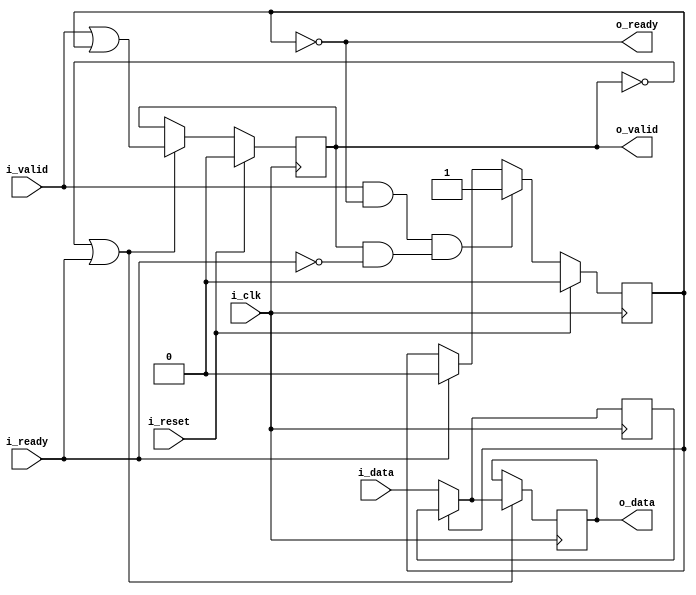
////////////////////////////////////////////////////////////////////////////////
//
// {{{
// Project:	WB2AXIPSP: bus bridges and other odds and ends
//
// Purpose:	A basic SKID buffer.
//
//	Skid buffers are required for high throughput AXI code, since the AXI
//	specification requires that all outputs be registered.  This means
//	that, if there are any stall conditions calculated, it will take a clock
//	cycle before the stall can be propagated up stream.  This means that
//	the data will need to be buffered for a cycle until the stall signal
//	can make it to the output.
//
//	Handling that buffer is the purpose of this core.
//
//	On one end of this core, you have the i_valid and i_data inputs to
//	connect to your bus interface.  There's also a registered o_ready
//	signal to signal stalls for the bus interface.
//
//	The other end of the core has the same basic interface, but it isn't
//	registered.  This allows you to interact with the bus interfaces
//	as though they were combinatorial logic, by interacting with this half
//	of the core.
//
//	If at any time the incoming !stall signal, i_ready, signals a stall,
//	the incoming data is placed into a buffer.  Internally, that buffer
//	is held in r_data with the r_valid flag used to indicate that valid
//	data is within it.
//
// Parameters:
//	DW or data width
//		In order to make this core generic, the width of the data in the
//		skid buffer is parameterized
//
//	OPT_LOWPOWER
//		Forces both o_data and r_data to zero if the respective *VALID
//		signal is also low.  While this costs extra logic, it can also
//		be used to guarantee that any unused values aren't toggling and
//		therefore unnecessarily using power.
//
//		This excess toggling can be particularly problematic if the
//		bus signals have a high fanout rate, or a long signal path
//		across an FPGA.
//
//	OPT_OUTREG
//		Causes the outputs to be registered
//
//	OPT_PASSTHROUGH
//		Turns the skid buffer into a passthrough.  Used for formal
//		verification only.
//
// Creator:	Dan Gisselquist, Ph.D.
//		Gisselquist Technology, LLC
//
////////////////////////////////////////////////////////////////////////////////
// }}}
// Copyright (C) 2019-2020, Gisselquist Technology, LLC
// {{{
// This file is part of the WB2AXIP project.
//
// The WB2AXIP project contains free software and gateware, licensed under the
// Apache License, Version 2.0 (the "License").  You may not use this project,
// or this file, except in compliance with the License.  You may obtain a copy
// of the License at
//
//	http://www.apache.org/licenses/LICENSE-2.0
//
// Unless required by applicable law or agreed to in writing, software
// distributed under the License is distributed on an "AS IS" BASIS, WITHOUT
// WARRANTIES OR CONDITIONS OF ANY KIND, either express or implied.  See the
// License for the specific language governing permissions and limitations
// under the License.
//
////////////////////////////////////////////////////////////////////////////////
//
//
`default_nettype none
// }}}
module skidbuffer #(
		// {{{
		parameter	[0:0]	OPT_LOWPOWER = 0,
		parameter	[0:0]	OPT_OUTREG = 1,
		//
		parameter	[0:0]	OPT_PASSTHROUGH = 0,
		parameter		DW = 8
		// }}}
	) (
		// {{{
		input	wire			i_clk, i_reset,
		input	wire			i_valid,
		output	reg			o_ready,
		input	wire	[DW-1:0]	i_data,
		output	reg			o_valid,
		input	wire			i_ready,
		output	reg	[DW-1:0]	o_data
		// }}}
	);

	reg	[DW-1:0]	r_data;

	generate if (OPT_PASSTHROUGH)
	begin : PASSTHROUGH
		// {{{
		always @(*)
			o_ready = i_ready;
		always @(*)
			o_valid = i_valid;
		always @(*)
		if (!i_valid && OPT_LOWPOWER)
			o_data = 0;
		else
			o_data = i_data;

		always @(*)
			r_data = 0;
		// }}}
	end else begin : LOGIC
		// We'll start with skid buffer itself
		// {{{
		reg			r_valid;

		// r_valid
		// {{{
		initial	r_valid = 0;
		always @(posedge i_clk)
		if (i_reset)
			r_valid <= 0;
		else if ((i_valid && o_ready) && (o_valid && !i_ready))
			// We have incoming data, but the output is stalled
			r_valid <= 1;
		else if (i_ready)
			r_valid <= 0;
		// }}}

		// r_data
		// {{{
		initial	r_data = 0;
		always @(posedge i_clk)
		if (OPT_LOWPOWER && i_reset)
			r_data <= 0;
		else if (OPT_LOWPOWER && (!o_valid || i_ready))
			r_data <= 0;
		else if ((!OPT_LOWPOWER || !OPT_OUTREG || i_valid) && o_ready)
			r_data <= i_data;
		// }}}

		// o_ready
		// {{{
		always @(*)
			o_ready = !r_valid;
		// }}}

		//
		// And then move on to the output port
		//
		if (!OPT_OUTREG)
		begin : NET_OUTPUT
			// Outputs are combinatorially determined from inputs
			// {{{
			// o_valid
			// {{{
			always @(*)
				o_valid = !i_reset && (i_valid || r_valid);
			// }}}

			// o_data
			// {{{
			always @(*)
			if (r_valid)
				o_data = r_data;
			else if (!OPT_LOWPOWER || i_valid)
				o_data = i_data;
			else
				o_data = 0;
			// }}}
			// }}}
		end else begin : REG_OUTPUT
			// Register our outputs
			// {{{
			// o_valid
			// {{{
			initial	o_valid = 0;
			always @(posedge i_clk)
			if (i_reset)
				o_valid <= 0;
			else if (!o_valid || i_ready)
				o_valid <= (i_valid || r_valid);
			// }}}

			// o_data
			// {{{
			initial	o_data = 0;
			always @(posedge i_clk)
			if (OPT_LOWPOWER && i_reset)
				o_data <= 0;
			else if (!o_valid || i_ready)
			begin

				if (r_valid)
					o_data <= r_data;
				else if (!OPT_LOWPOWER || i_valid)
					o_data <= i_data;
				else
					o_data <= 0;
			end
			// }}}

			// }}}
		end
		// }}}
	end endgenerate

`ifdef	FORMAL
`ifdef	VERIFIC
`define	FORMAL_VERIFIC
`endif
`endif
//
`ifdef	FORMAL_VERIFIC
	// Reset properties
	property RESET_CLEARS_IVALID;
		@(posedge i_clk) i_reset |=> !i_valid;
	endproperty

	property IDATA_HELD_WHEN_NOT_READY;
		@(posedge i_clk) disable iff (i_reset)
		i_valid && !o_ready |=> i_valid && $stable(i_data);
	endproperty

`ifdef	SKIDBUFFER
	assume	property (IDATA_HELD_WHEN_NOT_READY);
`else
	assert	property (IDATA_HELD_WHEN_NOT_READY);
`endif

	generate if (!OPT_PASSTHROUGH)
	begin

		assert property (@(posedge i_clk)
			OPT_OUTREG && i_reset |=> o_ready && !o_valid);

		assert property (@(posedge i_clk)
			!OPT_OUTREG && i_reset |-> !o_valid);

		// Rule #1:
		//	Once o_valid goes high, the data cannot change until the
		//	clock after i_ready
		assert property (@(posedge i_clk)
			disable iff (i_reset)
			o_valid && !i_ready
			|=> (o_valid && $stable(o_data)));

		// Rule #2:
		//	All incoming data must either go directly to the
		//	output port, or into the skid buffer
		assert property (@(posedge i_clk)
			disable iff (i_reset)
			(i_valid && o_ready
				&& (!OPT_OUTREG || o_valid) && !i_ready)
				|=> (!o_ready && r_data == $past(i_data)));

		// Rule #3:
		//	After the last transaction, o_valid should become idle
		if (!OPT_OUTREG)
		begin

			assert property (@(posedge i_clk)
				disable iff (i_reset)
				i_ready |=> (o_valid == i_valid));

		end else begin

			assert property (@(posedge i_clk)
				disable iff (i_reset)
				i_valid && o_ready |=> o_valid);

			assert property (@(posedge i_clk)
				disable iff (i_reset)
				!i_valid && o_ready && i_ready |=> !o_valid);

		end

		// Rule #4
		//	Same thing, but this time for r_valid
		assert property (@(posedge i_clk)
			!o_ready && i_ready |=> o_ready);


		if (OPT_LOWPOWER)
		begin
			//
			// If OPT_LOWPOWER is set, o_data and r_data both need
			// to be zero any time !o_valid or !r_valid respectively
			assert property (@(posedge i_clk)
				(OPT_OUTREG || !i_reset) && !o_valid |-> o_data == 0);

			assert property (@(posedge i_clk)
				o_ready |-> r_data == 0);

			// else
			//	if OPT_LOWPOWER isn't set, we can lower our
			//	logic count by not forcing these values to zero.
		end

`ifdef	SKIDBUFFER
		reg	f_changed_data;

		// Cover test
		cover property (@(posedge i_clk)
			disable iff (i_reset)
			(!o_valid && !i_valid)
			##1 i_valid &&  i_ready [*3]
			##1 i_valid && !i_ready
			##1 i_valid &&  i_ready [*2]
			##1 i_valid && !i_ready [*2]
			##1 i_valid &&  i_ready [*3]
			// Wait for the design to clear
			##1 o_valid && i_ready [*0:5]
			##1 (!o_valid && !i_valid && f_changed_data));

		initial	f_changed_data = 0;
		always @(posedge i_clk)
		if (i_reset)
			f_changed_data <= 1;
		else if (i_valid && $past(!i_valid || o_ready))
		begin
			if (i_data != $past(i_data + 1))
				f_changed_data <= 0;
		end else if (!i_valid && i_data != 0)
			f_changed_data <= 0;

`endif	// SKIDCOVER
	end endgenerate

`endif	// FORMAL_VERIFIC
endmodule
`ifndef	YOSYS
`default_nettype wire
`endif